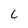
Character: C